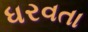
ધરવતા